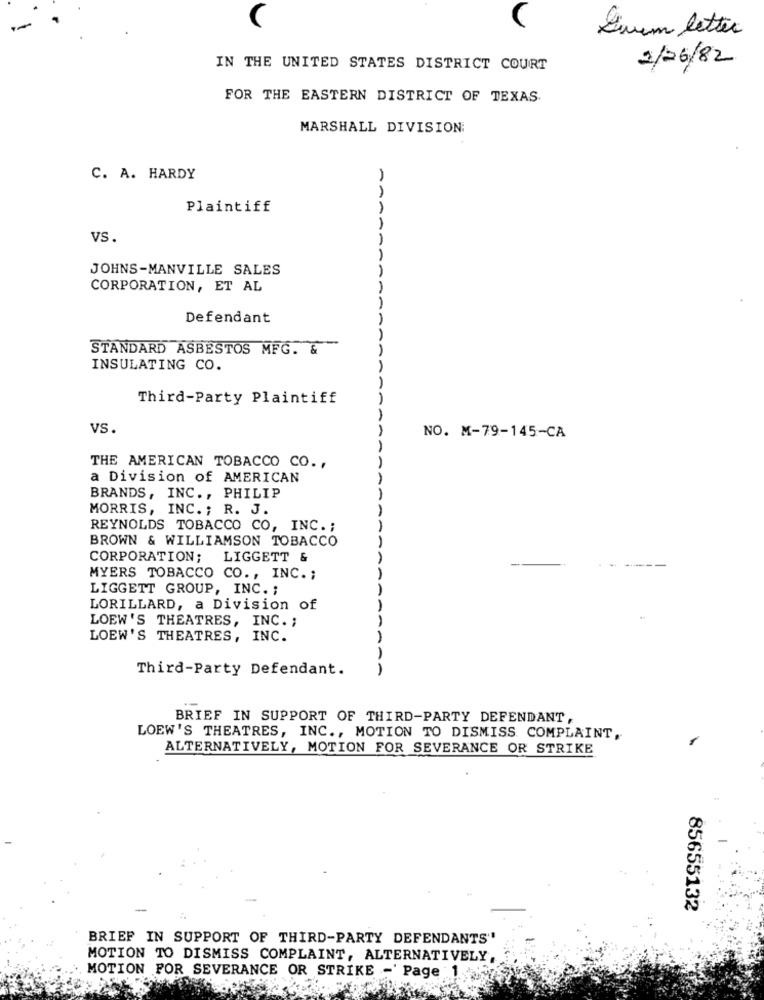
(
U
Einem letter
2/06/82
IN THE UNITED STATES DISTRICT COURT
FOR THE EASTERN DISTRICT OF TEXAS
MARSHALL DIVISION
C. A. HARDY
Plaintiff
VS.
JOHNS-MANVILLE SALES
CORPORATION, ET AL
Defendant
STANDARD ASBESTOS MFG. &
INSULATING CO.
Third-Party Plaintiff
vS.
NO. M-79-145-CA
THE AMERICAN TOBACCO CO .,
a Division of AMERICAN
BRANDS, INC ., PHILIP
MORRIS, INC .; R. J.
REYNOLDS TOBACCO CO, INC .;
BROWN & WILLIAMSON TOBACCO
CORPORATION; LIGGETT &
-
MYERS TOBACCO CO ., INC. ;
LIGGETT GROUP, INC. ;
LORILLARD, a Division of
LOEW'S THEATRES, INC. ;
LOEW'S THEATRES, INC.
Third-Party Defendant.
AAA
BRIEF IN SUPPORT OF THIRD-PARTY DEFENDANT,
LOEW'S THEATRES, INC ., MOTION TO DISMISS COMPLAINT,
ALTERNATIVELY, MOTION FOR SEVERANCE OR STRIKE
85655132
BRIEF IN SUPPORT OF THIRD-PARTY DEFENDANTS"
MOTION TO DISMISS COMPLAINT, ALTERNATIVELY,
MOTION FOR SEVERANCE OR STRIKE -' Page 1